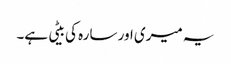
یہ میری اور سارہ کی بیٹی ہے۔